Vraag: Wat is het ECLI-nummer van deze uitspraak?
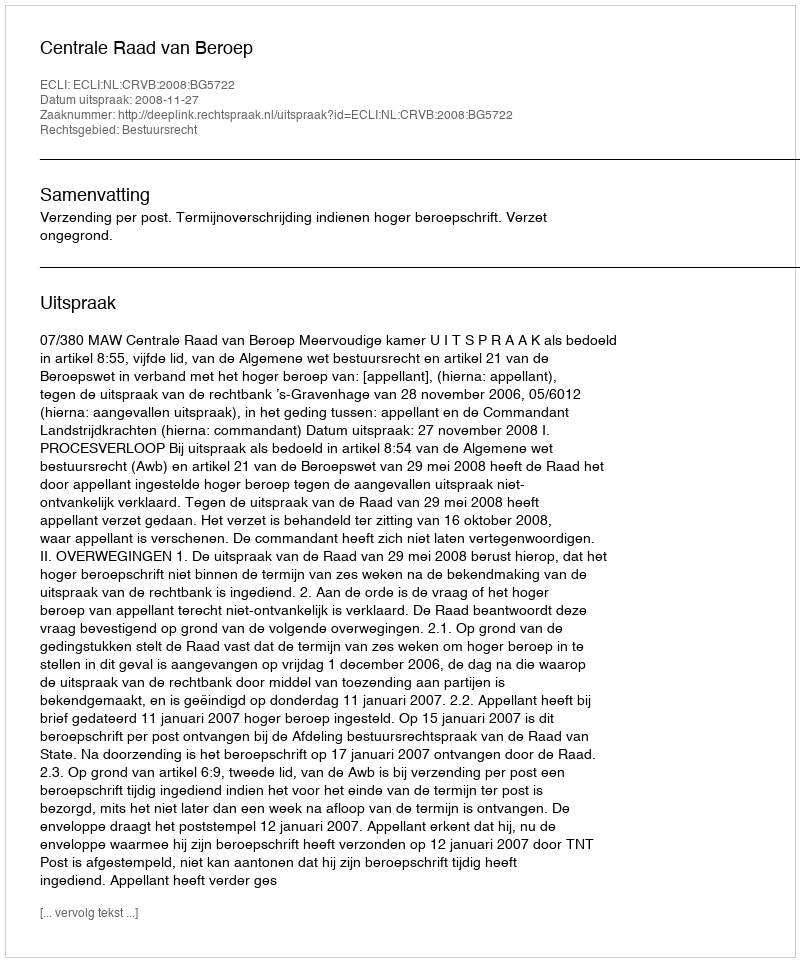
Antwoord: ECLI:NL:CRVB:2008:BG5722